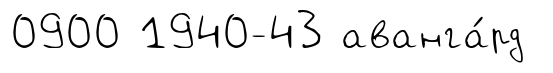
0900 1940-43 аванга́рд